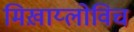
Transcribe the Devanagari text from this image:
मिख़ाय्लोविच